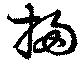
掃